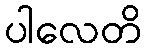
ပါလေတိ